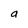
Character: a